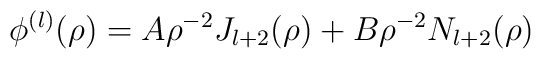
\phi^{(l)} (\rho) = A \rho^{-2} J_{l + 2} (\rho)+B \rho^{-2}  N_{l + 2} (\rho)